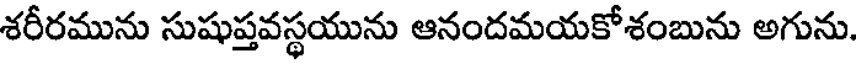
శరీరమును సుషుప్తవస్థయును ఆనందమయకోశంబును అగును.